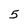
Character: 5